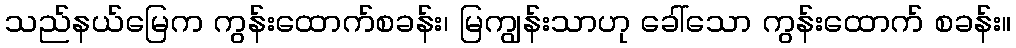
သည်နယ်မြေက ကွန်းထောက်စခန်း၊ မြကျွန်းသာဟု ခေါ်သော ကွန်းထောက် စခန်း။